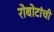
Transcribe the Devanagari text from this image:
रोबोटांची